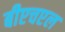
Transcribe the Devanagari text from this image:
बीएचएल